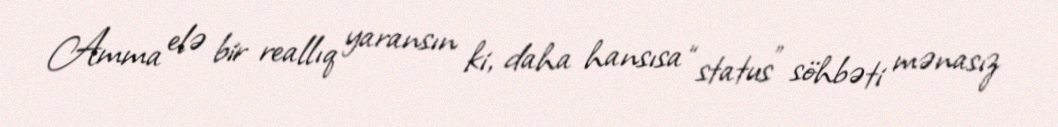
Amma elə bir reallıq yaransın ki, daha hansısa “status” söhbəti mənasız